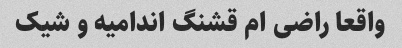
واقعا راضی ام قشنگ اندامیه و شیک